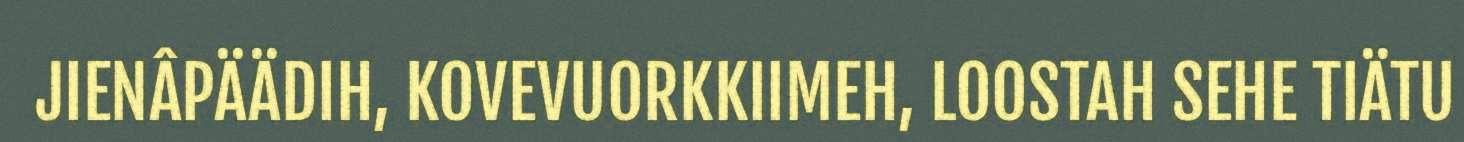
JIENÂPÄÄDIH, KOVEVUORKKIIMEH, LOOSTAH SEHE TIÄTU